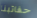
حقائبنا